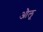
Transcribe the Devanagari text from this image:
औलू